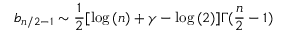
b _ { n / 2 - 1 } \sim \frac { 1 } { 2 } [ \log { ( n ) } + \gamma - \log { ( 2 ) } ] \Gamma ( \frac { n } { 2 } - 1 )